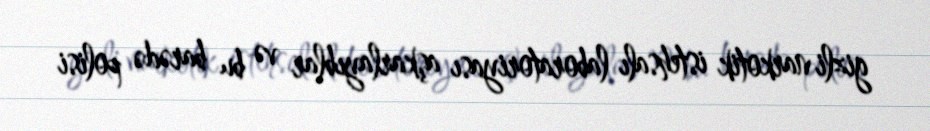
gizli narkotik istehsalı laboratoriyası aşkarlayıblar və bu barədə polisi